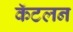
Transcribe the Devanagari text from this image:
कॅटलन